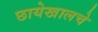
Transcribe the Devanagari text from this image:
छायेखालचे